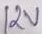
Text: 12V